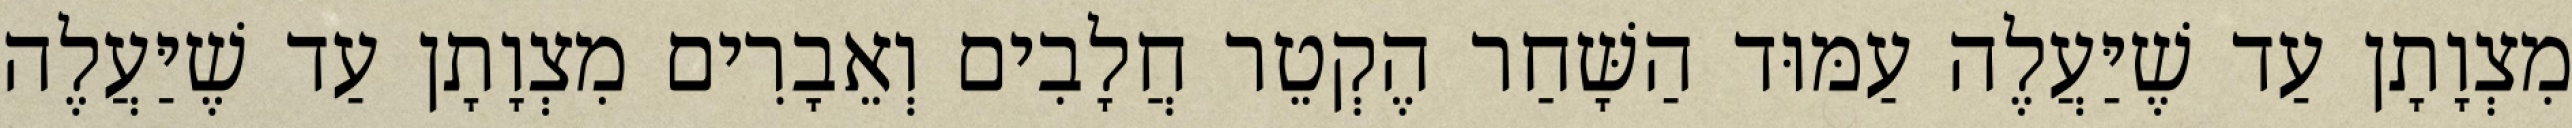
מִצְוָתָן עַד שֶׁיַּעֲלֶה עַמּוּד הַשָּׁחַר הֶקְטֵר חֲלָבִים וְאֵבָרִים מִצְוָתָן עַד שֶׁיַּעֲלֶה